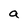
Character: a